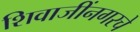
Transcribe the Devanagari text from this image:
शिवाजींनगरचे